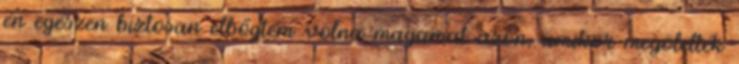
én egészen biztosan elbőgtem volna magamat azon, amikor megölelték